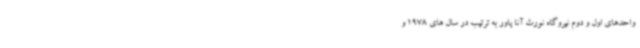
واحدهای اول و دوم نیروگاه نورث آنا پاور به ترتیب در سال های 1978 و